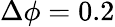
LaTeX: \Delta\phi=0.2